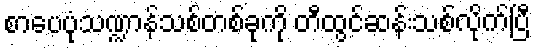
စာပေပုံသဏ္ဍာန်သစ်တစ်ခုကို တီထွင်ဆန်းသစ်လိုက်ပြီ